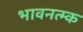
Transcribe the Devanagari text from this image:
भावनत्म्क